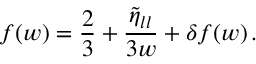
f ( w ) = \frac { 2 } { 3 } + \frac { \tilde { \eta } _ { l l } } { 3 w } + \delta f ( w ) \, .